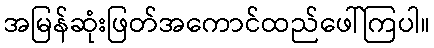
အမြန်ဆုံးဖြတ်အကောင်ထည်ဖေါ်ကြပါ။